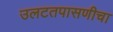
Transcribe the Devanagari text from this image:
उलटतपासणीचा